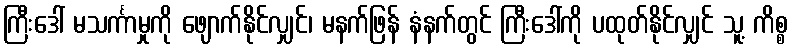
ကြီးဒေါ် မသင်္ကာမှုကို ဖျောက်နိုင်လျှင်၊ မနက်ဖြန် နံနက်တွင် ကြီးဒေါ်ကို ပထုတ်နိုင်လျှင် သူ့ ကိစ္စ